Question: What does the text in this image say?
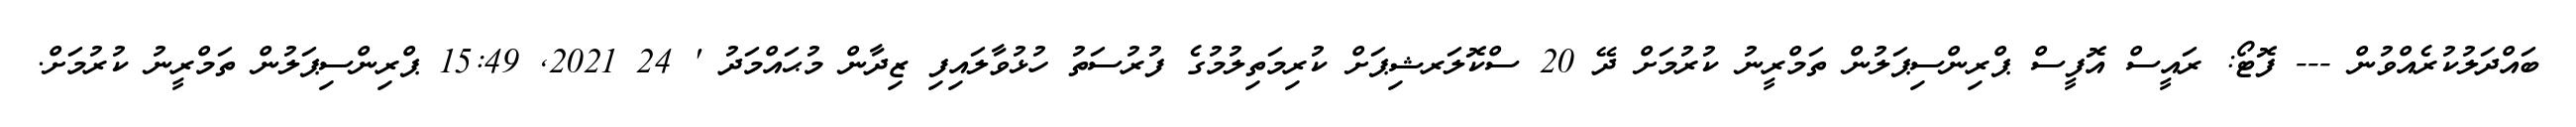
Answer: ބައްދަލުކުރެއްވުން --- ފޮޓޯ: ރައީސް އޮފީސް ޕްރިންސިޕަލުން ތަމްރީނު ކުރުމަށް ދޭ 20 ސްކޮލަރޝިޕަށް ކުރިމަތިލުމުގެ ފުރުސަތު ހުޅުވާލައިފި ޒިދާން މުޙައްމަދު ' 24 2021, 15:49 ޕްރިންސިޕަލުން ތަމްރީނު ކުރުމަށް.